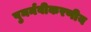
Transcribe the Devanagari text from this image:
पुनर्नवीकरणीय